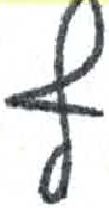
אות: ף